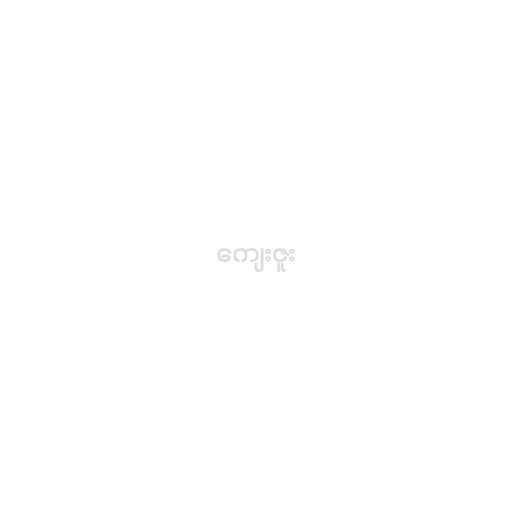
ကျေးဇူး